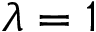
\lambda = 1